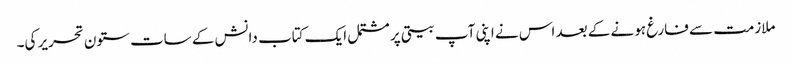
ملازمت سے فارغ ہونے کے بعد اس نے اپنی آپ بیتی پر مشتمل ایک کتاب دانش کے سات ستون تحریر کی۔